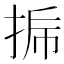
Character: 𰓳